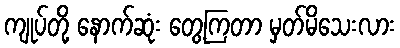
ကျုပ်တို့ နောက်ဆုံး တွေ့ကြတာ မှတ်မိသေးလား